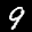
Label: 9